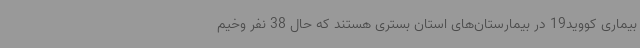
بیماری کووید19 در بیمارستان‌های استان بستری هستند که حال 38 نفر وخیم